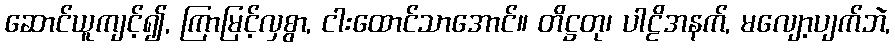
ဆောင်ယူကျင့်၍, ကြာမြင့်လှစွာ, ငါးထောင်သာအောင်။ တိဋ္ဌတု၊ ပါဠိအနက်, မလျော့ပျက်ဘဲ,